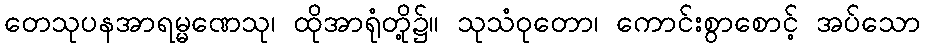
တေသုပနအာရမ္မဏေသု၊ ထိုအာရုံတို့၌။ သုသံဝုတော၊ ကောင်းစွာစောင့် အပ်သော